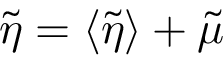
\widetilde { \eta } = \left< \widetilde { \eta } \right> + \widetilde { \mu }